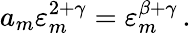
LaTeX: a_{m}\varepsilon_{m}^{2+\gamma}=\varepsilon_{m}^{\beta+\gamma}\, .